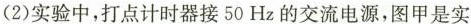
(2)实验中，打点计时器接50Hz的交流电源，图甲是实